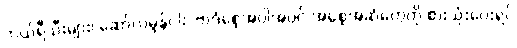
ဘယ်ရီသီးများ၊ ဆော်လမွန်ငါး ၊ဗာဒံစေ့အပါအဝင် အစေ့အဆံတွေကို စားသုံးပေးရင်